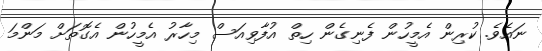
ނައެވެ. ކުރިން އެމީހުން ފެނިގެން ހިތް އުފާވިއަސް މިހާރު އެމީހުން އެގޮތަށް މަންމަ